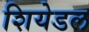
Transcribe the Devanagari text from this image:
शियेडल